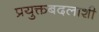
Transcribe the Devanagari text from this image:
प्रयुक्तबदलाशी